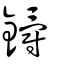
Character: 𨰜